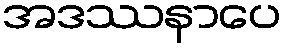
အဒဿနာပေ